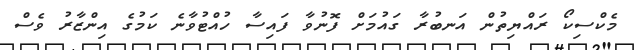
މެކްސިކޯ ރައްޔިތުން އަނބުރާ ގައުމަށް ފޮނުވާ ފައިސާ ހުއްޓުވާނެ ކަމުގެ އިންޒާރު ވެސް